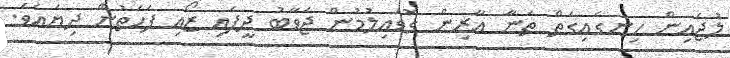
ލުޖައިން ހިނގައިގަތް ތަނާ އާރިން ގޮވައިލުމުން ޖަވާބު ދީފައި ޒޯއި ފަހަތުން ދިޔައެވެ.